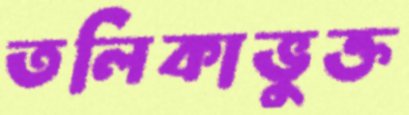
তলিকাভুক্ত